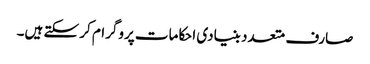
صارف متعدد بنیادی احکامات پروگرام کر سکتے ہیں۔